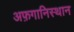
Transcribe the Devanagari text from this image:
अफ़गानिस्थान